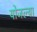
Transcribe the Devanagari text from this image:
योजल्या